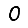
Digit: 0